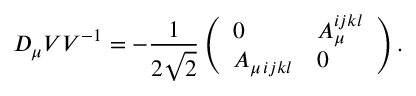
D _ { \mu } { \cal V } { \cal V } ^ { - 1 } = - { \frac { 1 } { 2 \sqrt 2 } } \left( \begin{array} { l l } { { 0 } } & { { { \cal A } _ { \mu } ^ { i j k l } } } \\ { { { \cal A } _ { \mu \, i j k l } } } & { { 0 } } \end{array} \right) .